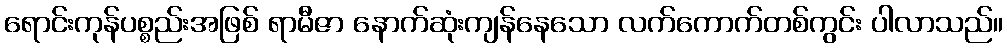
ရောင်းကုန်ပစ္စည်းအဖြစ် ရာမီဇာ နောက်ဆုံးကျန်နေသော လက်ကောက်တစ်ကွင်း ပါလာသည်။